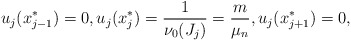
\begin{align*} u_j(x_{j-1}^*)=0,u_j(x_{j}^*)=\frac{1}{\nu_0(J_j)}=\frac{m}{\mu_n},u_j(x_{j+1}^*)=0, \end{align*}